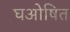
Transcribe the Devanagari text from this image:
घओषित